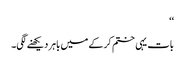
‘‘
بات یہی ختم کرکے میں باہر دیکھنے لگی۔